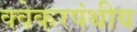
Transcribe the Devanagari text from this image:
क्वेकरपंथीय